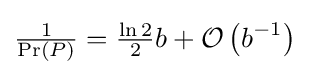
{\tfrac {1}{\Pr(P)}}={\tfrac {\ln 2}{2}}b+{\mathcal {O}}\left(b^{-1}\right)